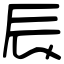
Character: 辰